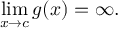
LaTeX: \operatorname* { l i m } _ { x \to c } { g ( x ) } = \infty .